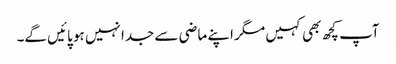
آپ کچھ بھی کہیں مگر اپنے ماضی سے جدا نہیں ہو پائیں گے۔